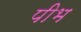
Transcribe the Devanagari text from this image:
पीभ